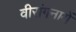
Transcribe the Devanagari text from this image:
वीरांगनायें